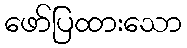
ဖော်ပြထားသော